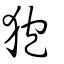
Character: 狍